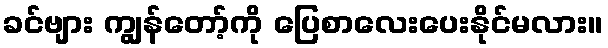
ခင်ဗျား ကျွန်တော့်ကို ပြေစာလေးပေးနိုင်မလား။